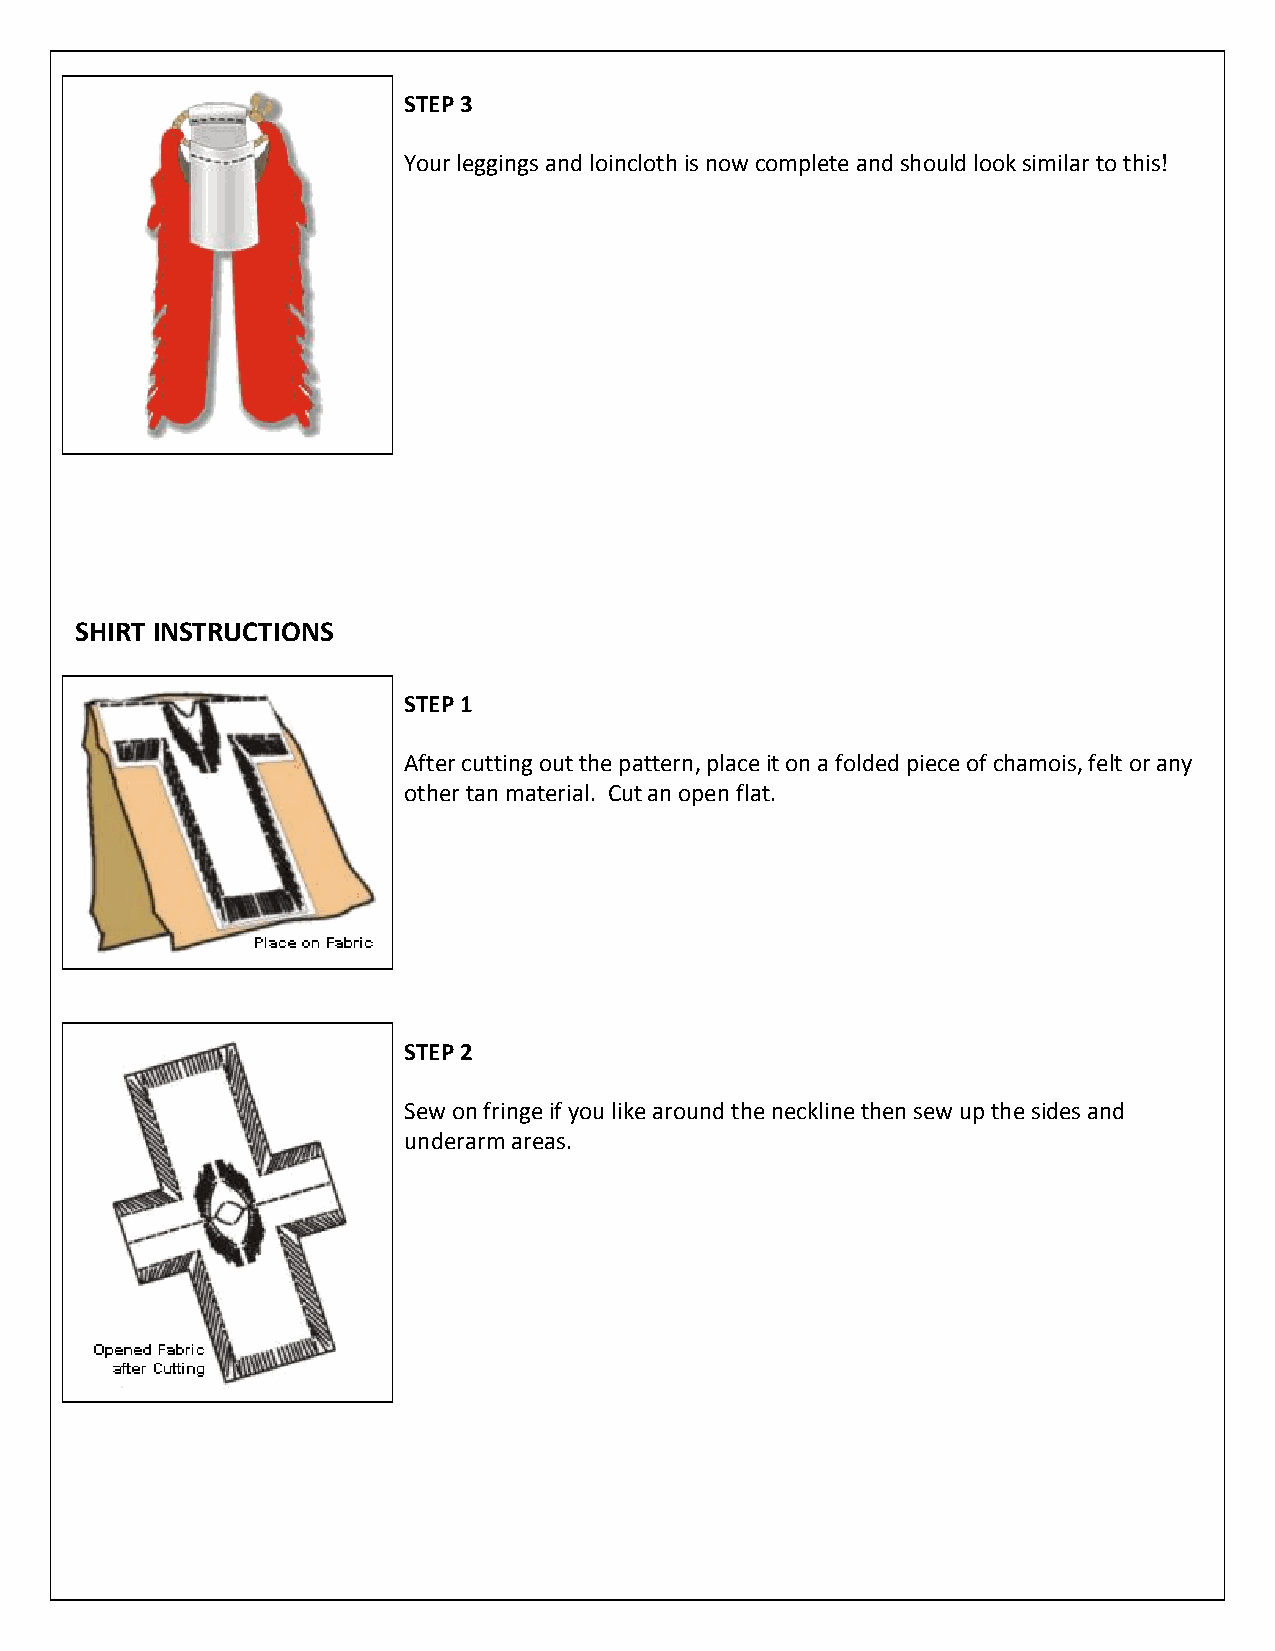
STEP 3
 Your leggings and loincloth is now complete and should look similar to this!
 SHIRT INSTRUCTIONS
 STEP 1
 After cutting out the pattern, place it on a folded piece of chamois, felt or any
 other tan material. Cut an open flat.
 STEP 2
 Sew on fringe if you like around the neckline then sew up the sides and
 underarm areas.